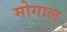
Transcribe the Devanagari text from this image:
मोगाल